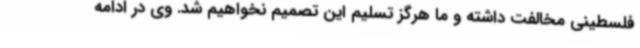
فلسطینی مخالفت داشته و ما هرگز تسلیم این تصمیم نخواهیم شد. وی در ادامه